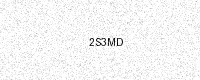
Text: 2S3MD